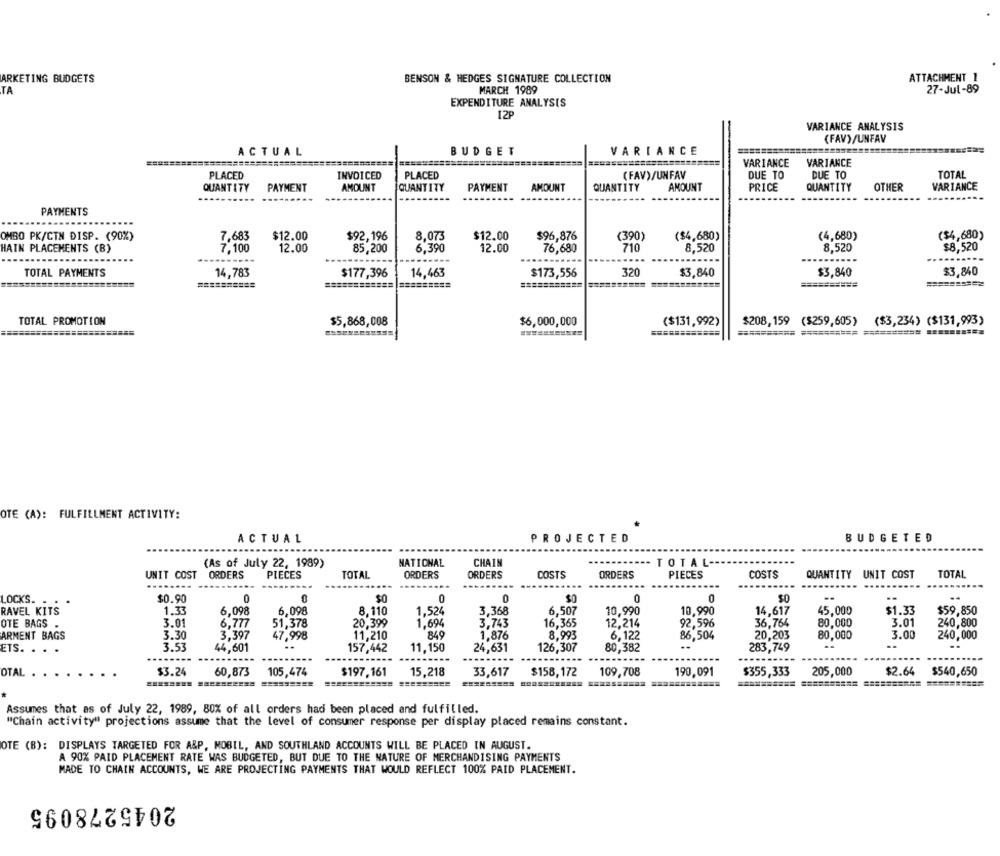
ARKETING BUDGETS
BENSON & HEDGES SIGNATURE COLLECTION
ATTACHMENT 1
TA
MARCH 1989
27-Jul-89
EXPENDITURE ANALYSIS
12P
VARIANCE ANALYSIS
(FAV)/UNFAV
ACTUAL
BUDGET
VARIANCE
======
VARIANCE
VARIANCE
PLACED
INVOICED
PLACED
(FAV)/UNFAV
DUE TO
DUE TO
TOTAL
QUANTITY
PAYMENT
AMOUNT
QUANTITY
PAYMENT
AMOUNT
QUANTITY
AMOUNT
PRICE
QUANTITY
OTHER
VARIANCE
PAYMENTS
....
OMBO PK/CTN DISP. (90%)
7,683
$12.00
$92,196
8,07:
$12.00
$96,876
(390)
($4,680)
(4,680)
($4,680)
HAIN PLACEMENTS (B)
7,100
12.00
85,200
6.390
12.0
76,680
710
8,520
8,520
$8,520
---------
--------
.....
TOTAL PAYMENTS
14,783
$177,396
14,463
$173,556
320
$3,840
$3,840
$3,840
===========
======
==========
TOTAL PROMOTION
$5,868,008
$6,000,000
($131,992)
$208,159 ($259,605)
($3,234) ($131,993)
OTE (A): FULFILLMENT ACTIVITY:
ACTUAL
PROJECTED
BUDGETED
(As of July 22, 1989)
NATIONAL
CHAIN
TOTAL -..
UNIT COST
ORDERS
PIECES
TOTAL
ORDERS
ORDERS
COSTS
ORDERS
PIECES
COSTS
QUANTITY UNIT COST
TOTAL
-....
LOCKS.
$0.90
0
$0
0
0
$0
0
0
$0
RAVEL KITS
1.33
6,098
6,098
8.110
1,524
3,368
6,507
10,990
10,990
14,617
45,000
$1.33
$59,850
OTE BAGS
3.01
6,777
51,378
20,399
1.694
3,743
16,365
12,214
92,596
36,764
80,000
3.01
240,800
3.30
3,397
11,210
849
1,876
8.993
6,122
86,504
20,203
3.00
ARMENT BAGS
47,998
80,000
240,000
ETS. ..
3.53
44,601
157,442
11,150
24,631
126,307
80,382
283,749
---
-----
......
OTAL
$3.24
60,873
105,474
$197,161
15,218
33,617
$158,172
109,708
190,091
$355,333
205,000
$2.64
$540,650
=========
Assumes that as of July 22, 1989, 80% of all orders had been placed and fulfilled.
"Chain activity" projections assume that the level of consumer response per display placed remains constant.
OTE (B): DISPLAYS TARGETED FOR A&P, MOBIL, AND SOUTHLAND ACCOUNTS WILL BE PLACED IN AUGUST.
A 90% PAID PLACEMENT RATE WAS BUDGETED, BUT DUE TO THE NATURE OF MERCHANDISING PAYMENTS
MADE TO CHAIN ACCOUNTS, WE ARE PROJECTING PAYMENTS THAT WOULD REFLECT 100% PAID PLACEMENT.
2045278095